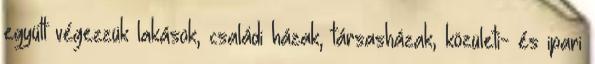
együtt végezzük lakások, családi házak, társasházak, közületi- és ipari